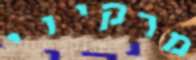
מרקיזי